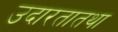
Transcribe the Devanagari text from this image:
उदारतातथा